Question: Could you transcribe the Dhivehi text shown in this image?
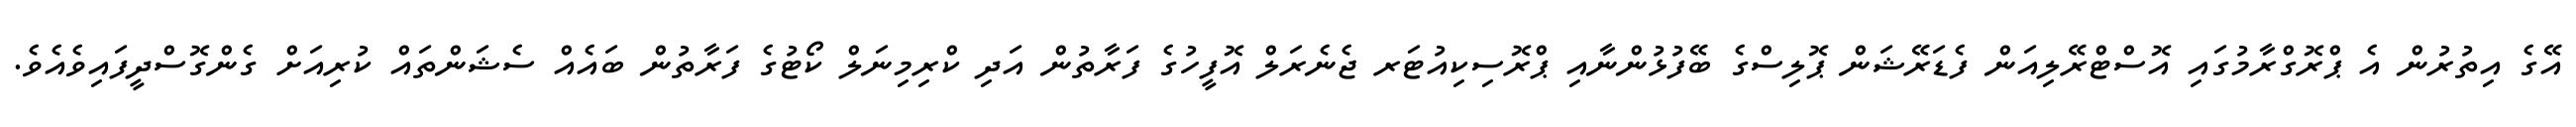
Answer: އޭގެ އިތުރުން އެ ޕްރޮގްރާމުގައި އޮސްޓްރޭލިއަން ފެޑަރޭޝަން ޕޮލިސްގެ ބޭފުޅުންނާއި ޕްރޮސިކިއުޓަރ ޖެނެރަލް އޮފީހުގެ ފަރާތުން އަދި ކްރިމިނަލް ކޯޓުގެ ފަރާތުން ބައެއް ސެޝަންތައް ކުރިއަށް ގެންގޮސްދީފައިވެއެވެ.